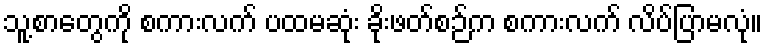
သူ့စာတွေကို စကားလက် ပထမဆုံး ခိုးဖတ်စဉ်က စကားလက် လိပ်ပြာမလုံ။